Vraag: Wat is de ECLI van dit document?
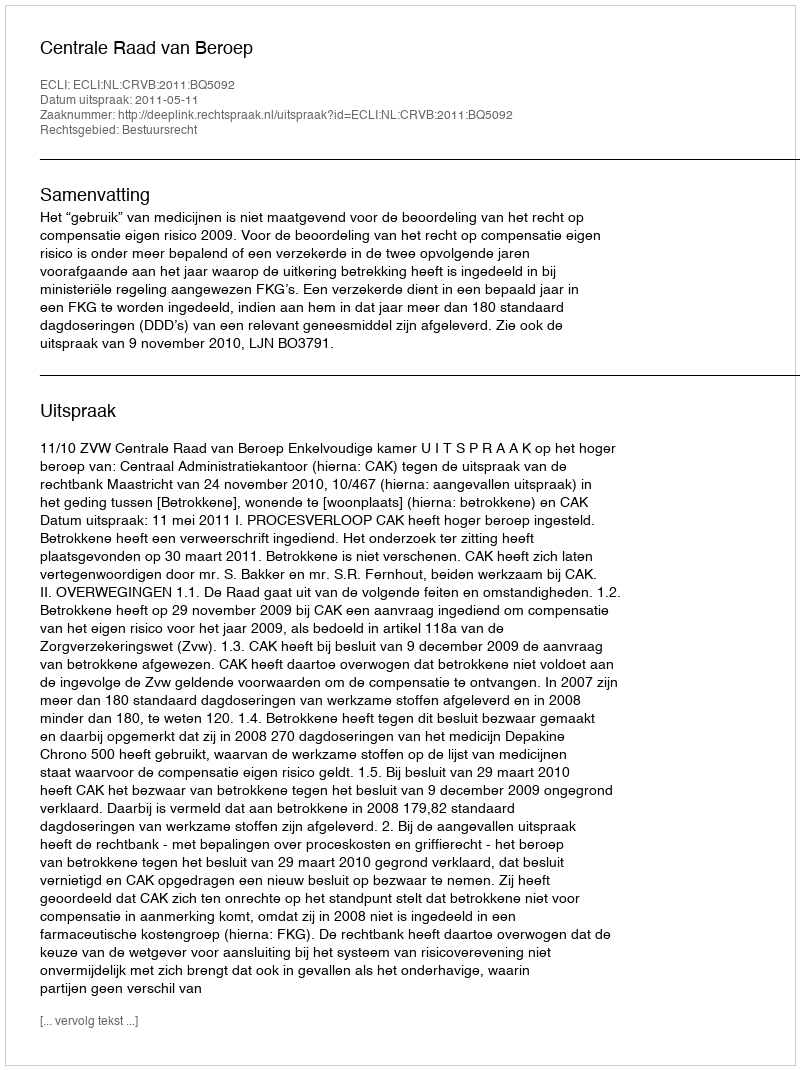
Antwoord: ECLI:NL:CRVB:2011:BQ5092